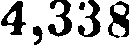
4,338